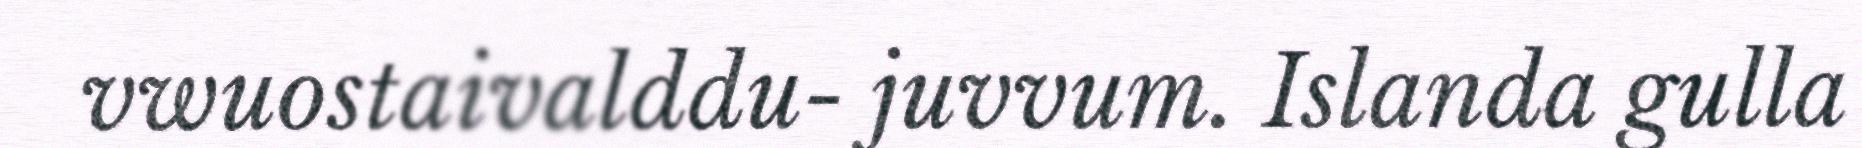
vwuostaivalddu- juvvum. Islanda gulla